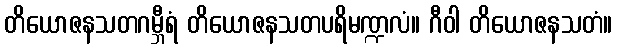
တိယောဇနသတဂမ္ဘီရံ တိယောဇနသတပရိမဏ္ဍလံ။ ဂီဝါ တိယောဇနသတံ။